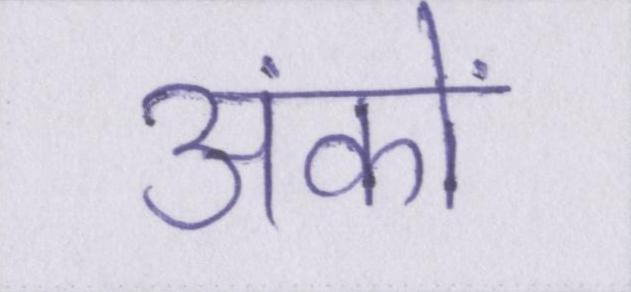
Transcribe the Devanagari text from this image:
अंकों